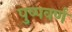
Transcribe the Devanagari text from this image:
पुष्पवर्ण